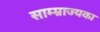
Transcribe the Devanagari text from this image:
साम्म्राज्यका